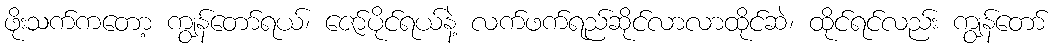
ဖိုးသက်ကတော့ ကျွန်တော်ရယ်၊ ဇော်ပိုင်ရယ်နဲ့ လက်ဖက်ရည်ဆိုင်လာလာထိုင်ဆဲ၊ ထိုင်ရင်လည်း ကျွန်တော်